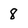
Character: 8